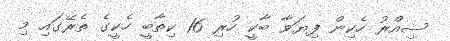
ސިއްރު ހެކިން ފިޔަވާ ބާކީ ހުރި 16 ކިތާބީ ހެކީގެ ތެރޭގައި މި